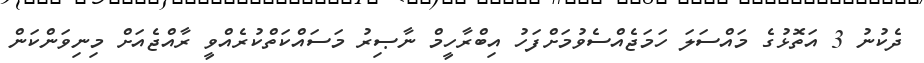
ދެކުނު 3 އަތޮޅުގެ މައްސަލަ ހަމަޖެއްސެވުމަށްފަހު އިބްރާހީމް ނާޞިރު މަސައްކަތްކުރެއްވީ ރާއްޖެއަށް މިނިވަންކަން